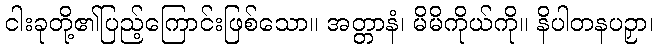
ငါးခုတို့၏ပြည့်ကြောင်းဖြစ်သော။ အတ္တာနံ၊ မိမိကိုယ်ကို။ နိပါတနပဉှာ၊